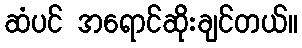
ဆံပင် အရောင်ဆိုးချင်တယ်။